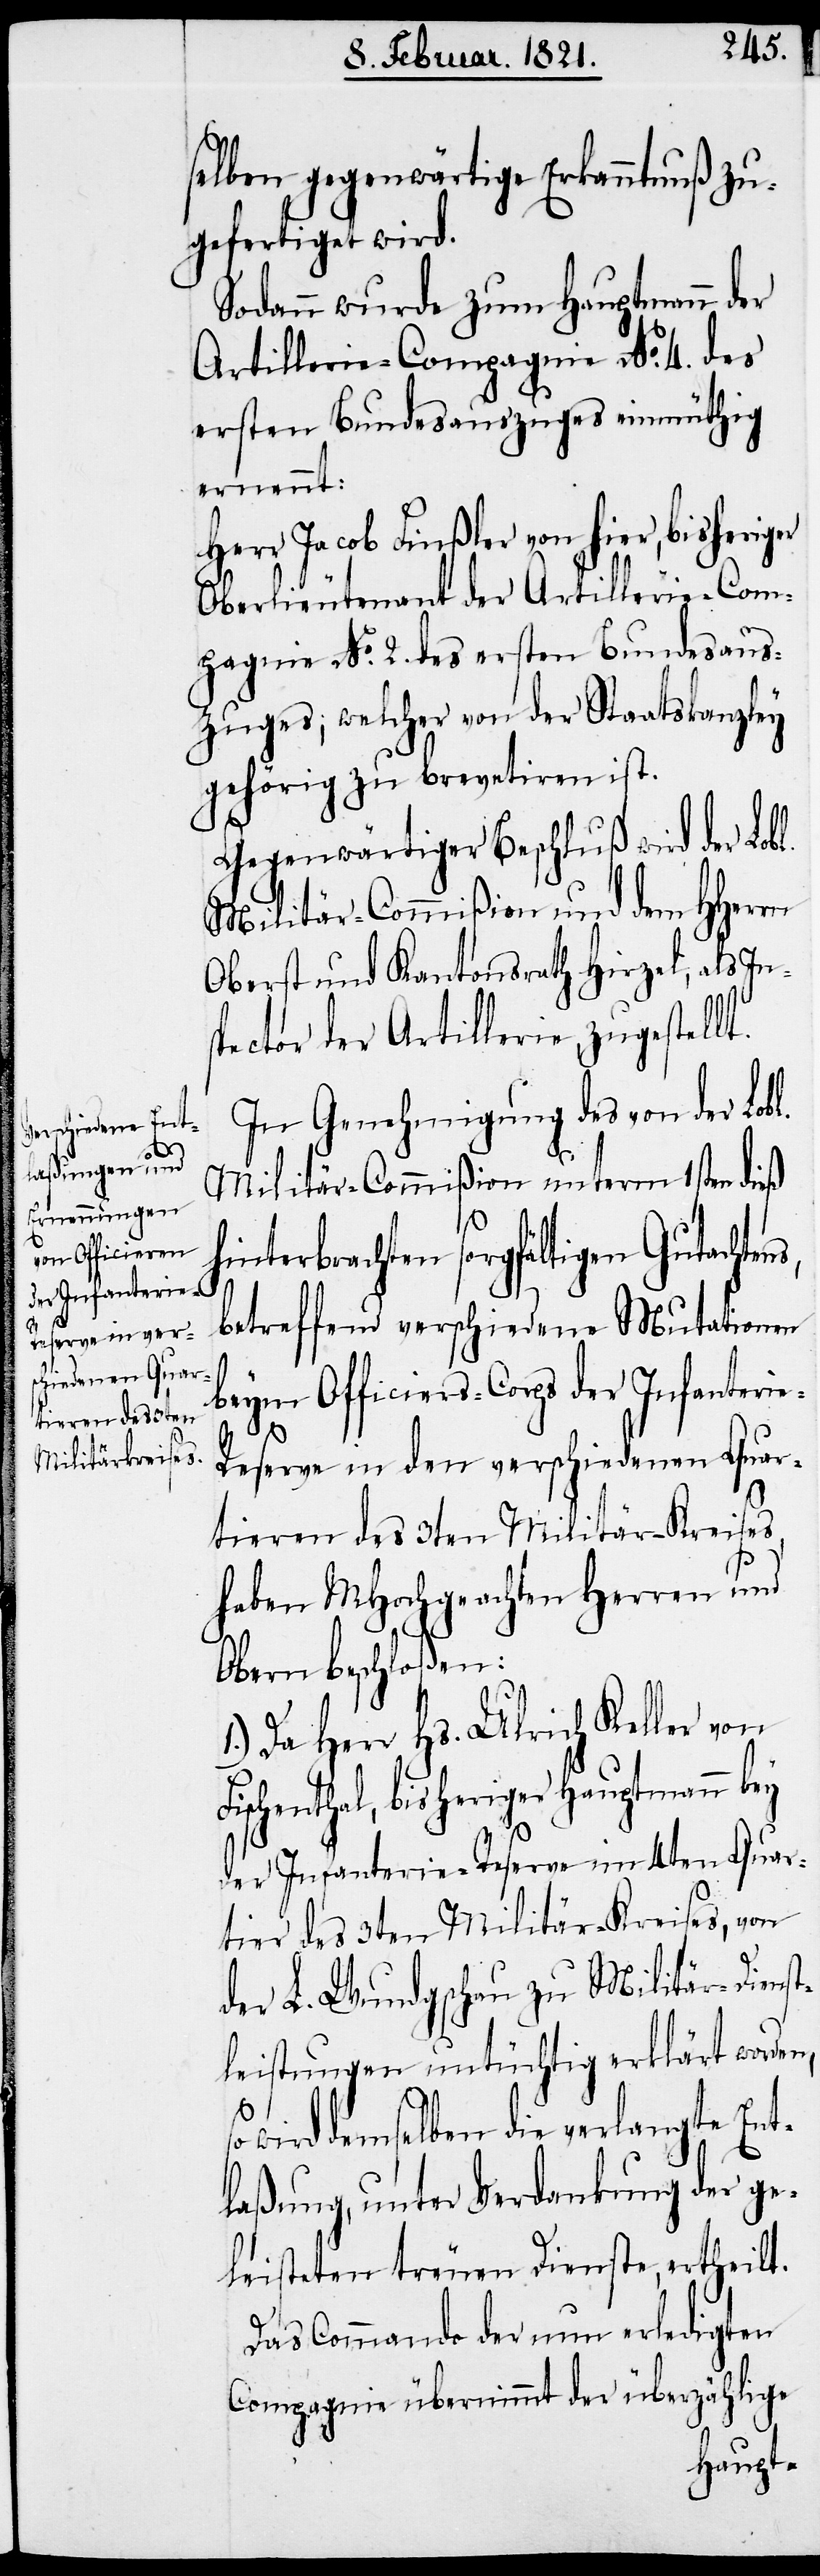
l.

selben gegenwärtige Erkanntnuß zu¬
gefertiget wird.
Sodann wurde zum Hauptmann der
Artillerie-Compagnie No. 4. des
ersten Bundesauszuges einmüthig
ernennt:
Herr Jacob Finßler von hier, bisheriger
Oberlieutenant der Artillerie-Com¬
pagnie No. 2. des ersten Bundesaus¬
zuges; welcher von der Staatskanzley
gehörig zu brevetiren ist.
Gegenwärtiger Beschluß wird der Lob¬
Militär-Commißion und dem HHerrn
Oberst und Kantonsrath Hirzel, als In¬
pector der Artillerie, zugestellt.
In Genehmigung des von der Lob¬
Militär-Commißion unterm 1sten dieß
Fi¬
hinterbrachten sorgfältigen Gutachten¬
betreffend verschiedene Mutationen
beym Officiers-Corps der Infanteri¬
eserve in den verschiedenen Quar¬
tieren des 3ten Militär-Kreises,
haben MHochgeachten Herren und
Obern beschloßen:
1.) Da Herr Hs. Ulrich Keller von
schenthal, bisheriger Hauptmann bey
der Infanterie-Reserve im 4ten Quar¬
tier des 3ten Militär-Kreises, von
der L. Wundgschau zu Militär-Dienst¬
leistungen untüchtig erklärt worden,
wird demselben die verlangte Ent¬
laßung, unter Verdankung der ge¬
leisteten treuen Dienste, ertheilt.
Das Commando der nun erledigten
Compagnie übernimmt der überzählige